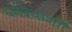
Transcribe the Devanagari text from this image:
धर्मपंथांशी